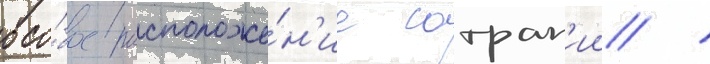
осо́бое расположе́н'ие сатрап'ии /